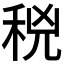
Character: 𥞝